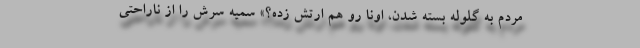
مردم به گلوله بسته شدن، اونا رو هم ارتش زده؟» سمیه سرش را از ناراحتی